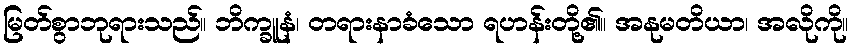
မြတ်စွာဘုရားသည်။ ဘိက္ခူနံ၊ တရားနာခံသော ရဟန်းတို့၏။ အနုမတိယာ၊ အလိုကို။